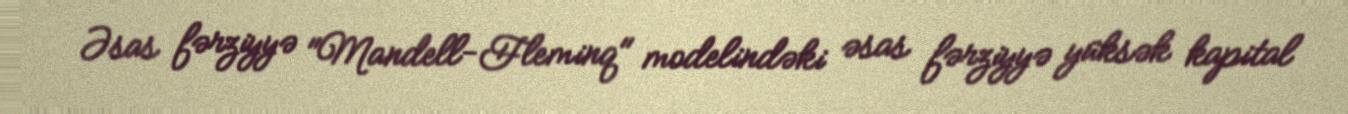
Əsas fərziyyə "Mandell-Fleminq" modelindəki əsas fərziyyə yüksək kapital